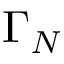
\Gamma _ { N }